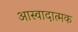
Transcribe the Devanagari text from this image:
आस्वादात्मक